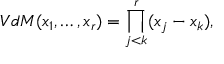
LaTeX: V d M ( x _ { 1 } , \ldots , x _ { r } ) = \prod _ { j < k } ^ { r } ( x _ { j } - x _ { k } ) ,